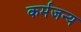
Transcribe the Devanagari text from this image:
कर्मजन्य